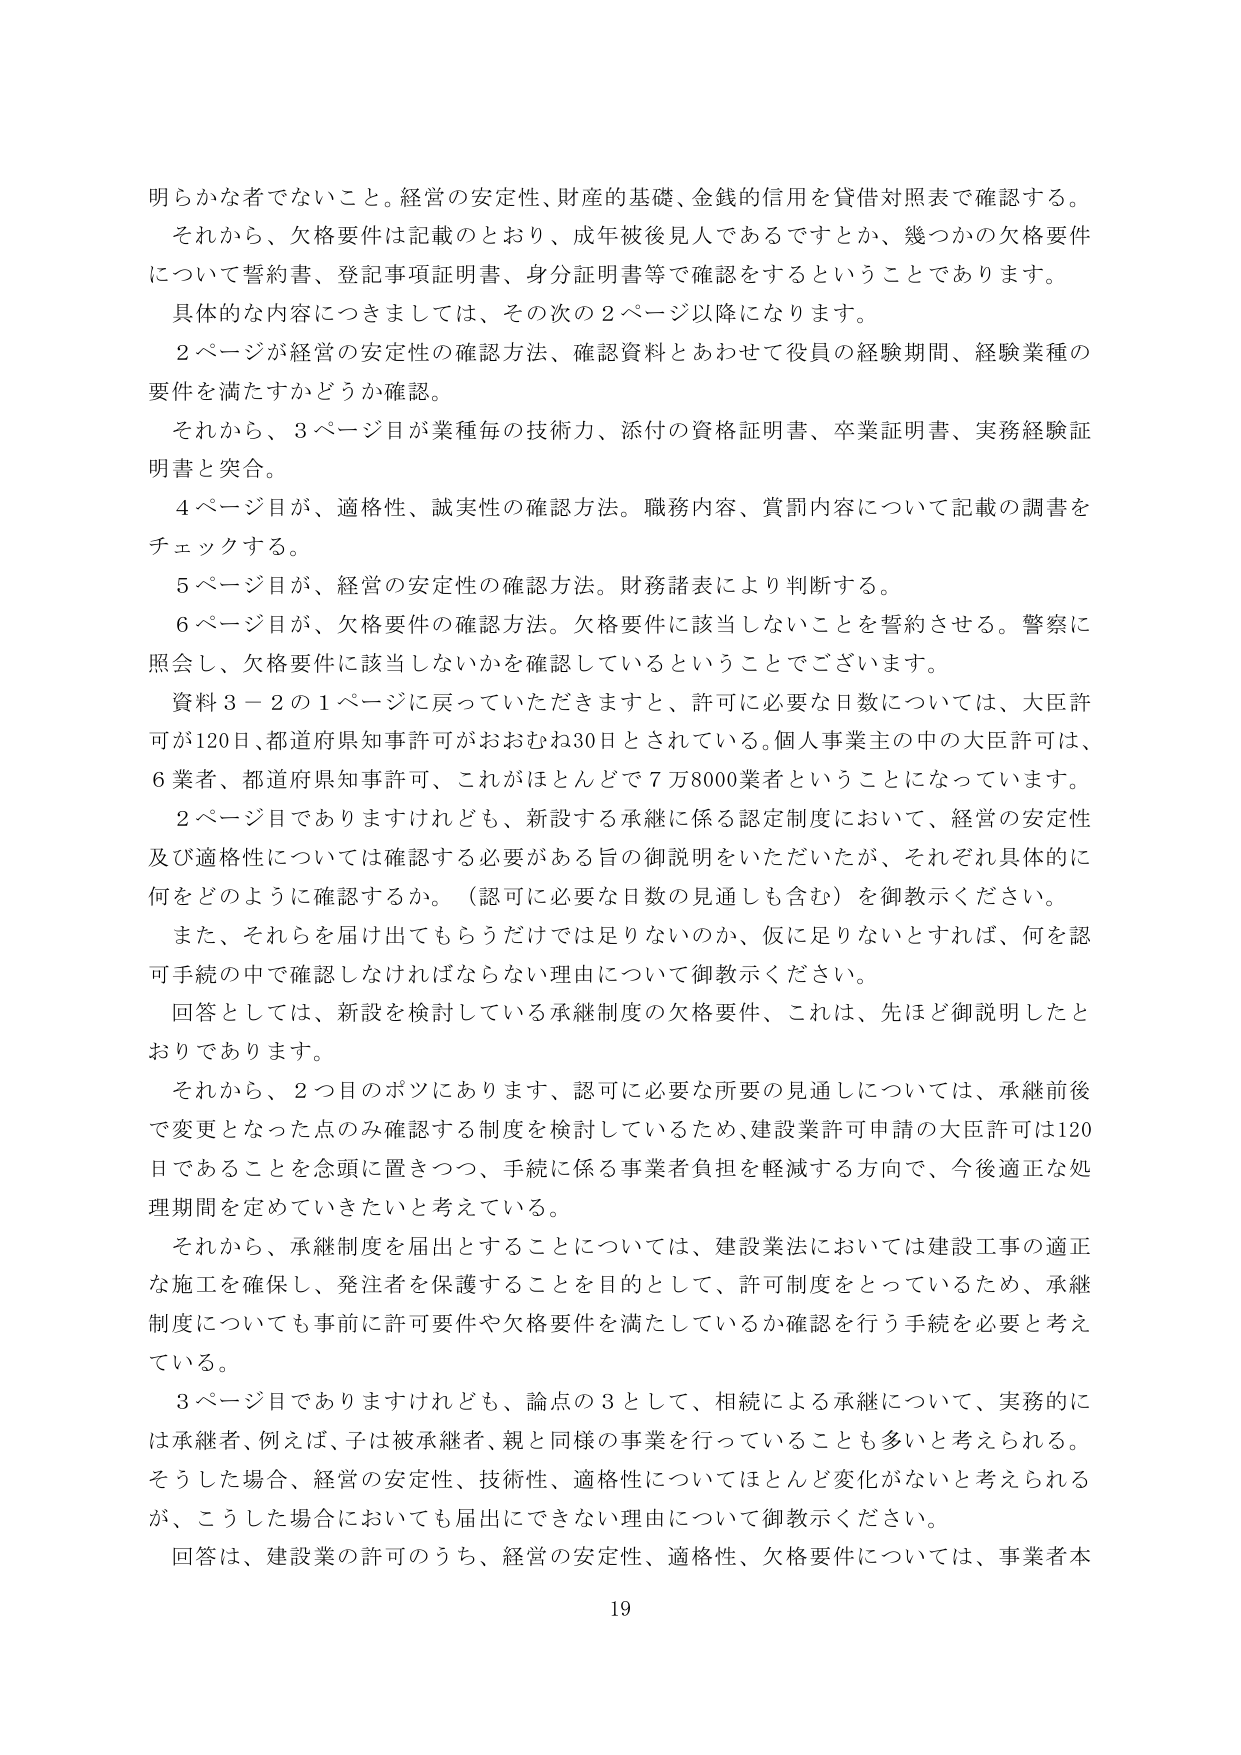
明らかな者でないこと。経営の安定性、財産的基礎、金銭的信用を貸借対照表で確認する。
それから、欠格要件は記載のとおり、成年被後見人であるですとか、幾つかの欠格要件
について誓約書、登記事項証明書、身分証明書等で確認をするということあります。
具体的な内容につきましては、その次の２ページ以降になります。
２ページが経営の安定性の確認方法、確認資料とあわせて役員の経験期間、経験業種の
要件を満たすかどうか確認。
それから、３ページ目が業種毎の技術力、添付の資格証明書、卒業証明書、実務経験証
明書と突合。
４ページ目が、適格性、誠実性の確認方法。職務内容、賞罰内容について記載の調書を
チェックする。
５ページ目が、経営の安定性の確認方法。財務諸表により判断する。
６ページ目が、欠格要件の確認方法。欠格要件に該当しないことを誓約させる。警察に
照会し、欠格要件に該当しないかを確認しているということでございます。
資料３－２の１ページに戻っていただきますと、許可に必要な日数については、大臣許
可が120日、都道府県知事許可がおおむね30日とされている。個人事業主の中の大臣許可は、
６業者、都道府県知事許可、これがほとんどで７万8000業者ということになっています。
２ページ目でありますけれども、新設する承継に係る認定制度において、経営の安定性
及び適格性については確認する必要がある旨の御説明をいただいたが、それぞれ具体的に
何をどのように確認するか。（認可に必要な日数の見通しも含む）を御教示ください。
また、それらを届け出でもらうだけでは足りないのか、仮に足りないとすれば、何を認
可手続の中で確認しなければならない理由について御教示ください。
回答としては、新設を検討している承継制度の欠格要件、これは、先ほど御説明したと
おりであります。
それから、２つ目のポツにあります、認可に必要な所要の見通しについては、承継前後
で変更となった点のみ確認する制度を検討しているため、建設業許可申請の大臣許可は120
日であることを念頭に置きつつ、手続に係る事業者負担を軽減する方向で、今後適正な処
理期間を定めていきたいと考えている。
それから、承継制度を届出とすることについては、建設業法においては建設工事の適正
な施工を確保し、発注者を保護することを目的として、許可制度をとっているため、承継
制度についても事前に許可要件や欠格要件を満たしているか確認を行う手続を必要と考え
ている。
３ページ目でありますけれども、論点の３として、相続による承継について、実務的に
は承継者、例えば、子は被承継者、親と同様の事業を行っていることも多いと考えられる。
そうした場合、経営の安定性、技術性、適格性についてはほとんど変化がないと考えられる
が、こうした場合においても届出にできない理由について御教示ください。
回答は、建設業の許可のうち、経営の安定性、適格性、欠格要件については、事業者本
19